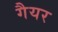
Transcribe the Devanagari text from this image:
गैयर